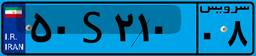
۶۴S۷۱۸۷۸